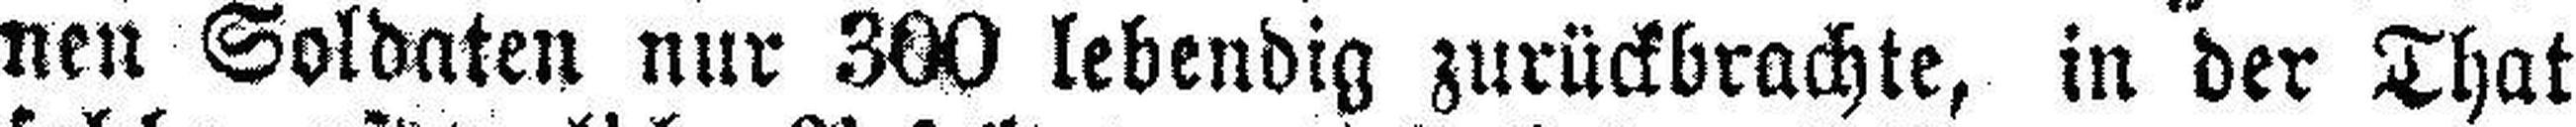
nen Soldaten nur 300 lebendig zurückbrachte, in der That